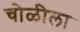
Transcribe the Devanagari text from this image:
चोळीला